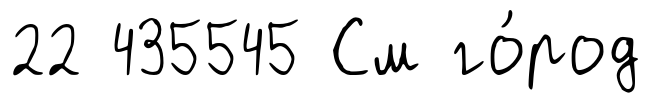
22 435545 См го́род